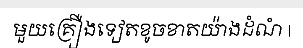
មួយគ្រឿងទៀតខូចខាតយ៉ាងដំណំ |